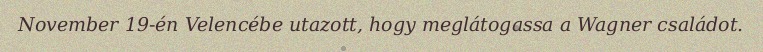
November 19-én Velencébe utazott, hogy meglátogassa a Wagner családot.